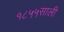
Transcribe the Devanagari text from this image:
१८५५साली